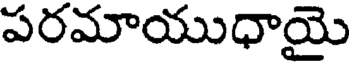
పరమాయుధాయై